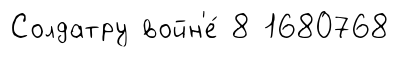
Солдатру войн'е́ 8 1680768